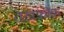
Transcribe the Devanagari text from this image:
तख़फ़ीफ़